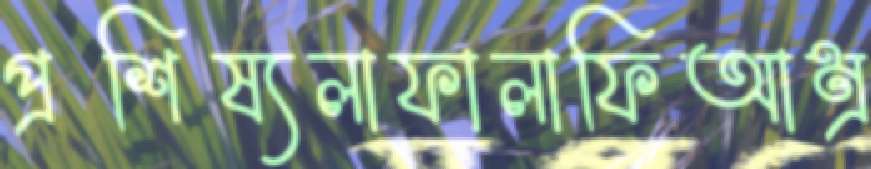
প্রশিষ্যলাফালাফিআম্র